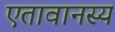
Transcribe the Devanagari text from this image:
एतावानस्य